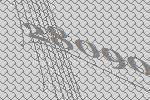
28090